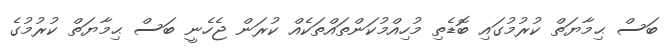
ބަސް ޙިމާޔަތް ކުރުމުގައި ބޮޑެތި މުހިއްމުކަންތައްތަކެއް ކުރަން ޖެހެނީ ބަސް ޙިމާޔަތް ކުރުމުގެ